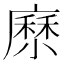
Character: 𡮰